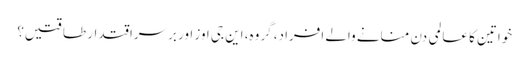
خواتین کا عالمی دن منانے والے افراد، گروہ، این جی اوز اور برسراقتدار طاقتیں؟